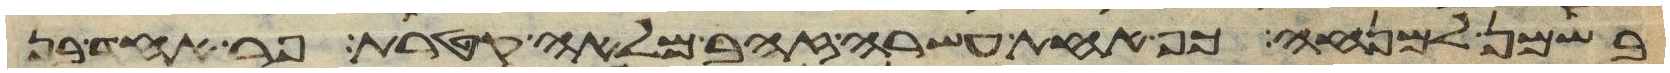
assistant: בשמן למנחה כף אחת עשרה זהב מלאה קטרת פר אחד בן